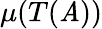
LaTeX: \mu(T(\mathit{A}))